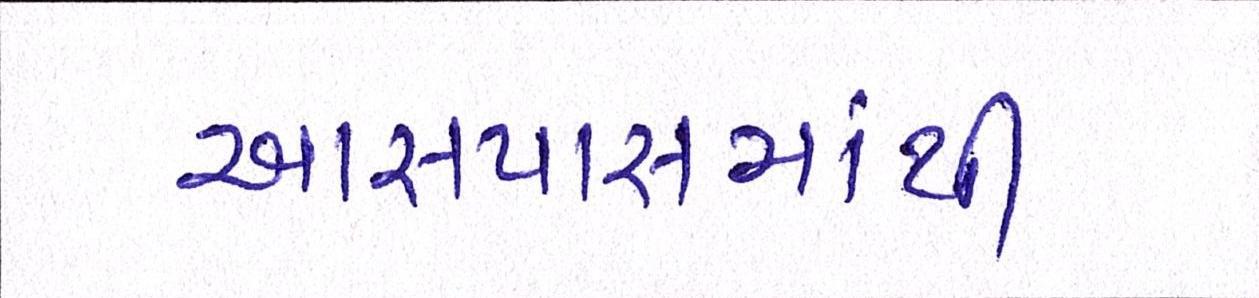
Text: આસપાસમાંથી